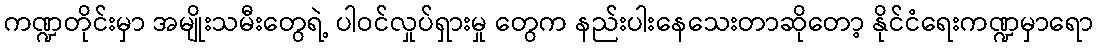
ကဏ္ဍတိုင်းမှာ အမျိုးသမီးတွေရဲ့ ပါဝင်လှုပ်ရှားမှု တွေက နည်းပါးနေသေးတာဆိုတော့ နိုင်ငံရေးကဏ္ဍမှာရော